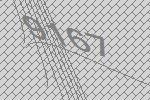
9167